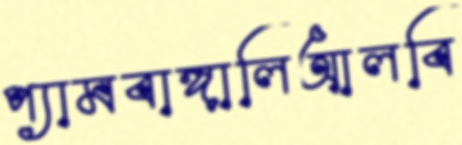
প্যামবাঙ্গালিআলবি